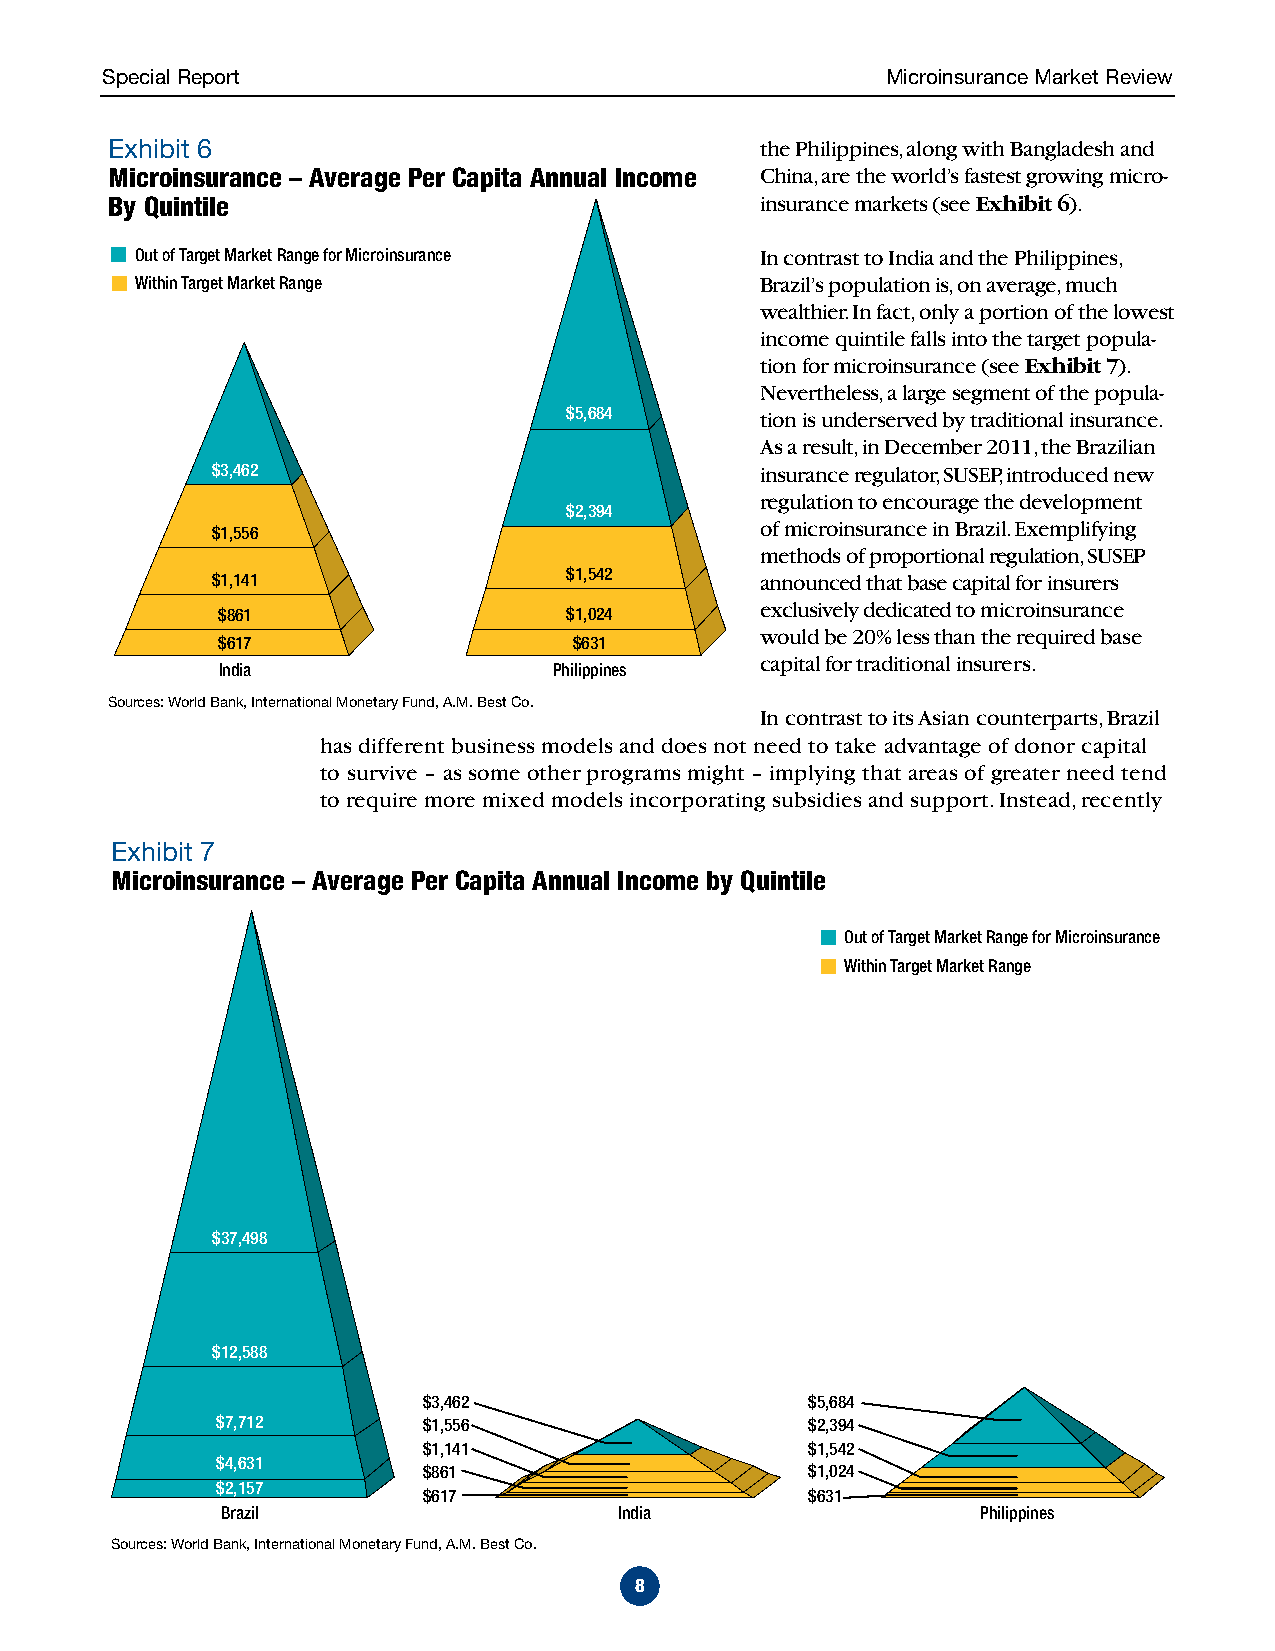
Special Report                                      Microinsurance Market Review
 Exhibit 6                                  the Philippines, along with Bangladesh and
 Microinsurance – Average Per Capita Annual Income China, are the world’s fastest growing micro-
 By Quintile                                insurance markets (see Exhibit 6).
 Out of Target Market Range for Microinsurance In contrast to India and the Philippines,
 Within Target Market Range               Brazil’s population is, on average, much
 wealthier. In fact, only a portion of the lowest
 income quintile falls into the target popula-
 tion for microinsurance (see Exhibit 7).
 Nevertheless, a large segment of the popula-
 $5,684       tion is underserved by traditional insurance.
 As a result, in December 2011, the Brazilian
 $3,462                              insurance regulator, SUSEP, introduced new
 regulation to encourage the development
 $2,394
 of microinsurance in Brazil. Exemplifying
 $1,556
 methods of proportional regulation, SUSEP
 $1,542
 $1,141                              announced that base capital for insurers
 exclusively dedicated to microinsurance
 $861                   $1,024
 would be 20% less than the required base
 $617                    $631
 capital for traditional insurers.
 India                  Philippines
 Sources: World Bank, International Monetary Fund, A.M. Best Co.
 In contrast to its Asian counterparts, Brazil
 has different business models and does not need to take advantage of donor capital
 to survive – as some other programs might – implying that areas of greater need tend
 to require more mixed models incorporating subsidies and support. Instead, recently
 Exhibit 7
 Microinsurance – Average Per Capita Annual Income by Quintile
 Out of Target Market Range for Microinsurance
 Within Target Market Range
 $37,498
 $12,588
 $3,462                    $5,684
 $7,712        $1,556                    $2,394
 $1,141                    $1,542
 $4,631
 $861                      $1,024
 $2,157
 $617                      $631
 Brazil                    India                   Philippines
 Sources: World Bank, International Monetary Fund, A.M. Best Co.
 8